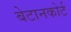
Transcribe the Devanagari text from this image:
बेटानकोर्ट